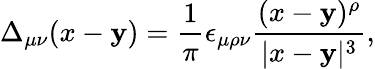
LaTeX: \Delta_{\mu\nu}(x-\mathbf{y})=\frac{{1}}{{\pi}}\epsilon_{\mu\rho\nu}\frac{{(x-\mathbf{y})^{\rho}}}{{|x-\mathbf{y}|^{3}}},